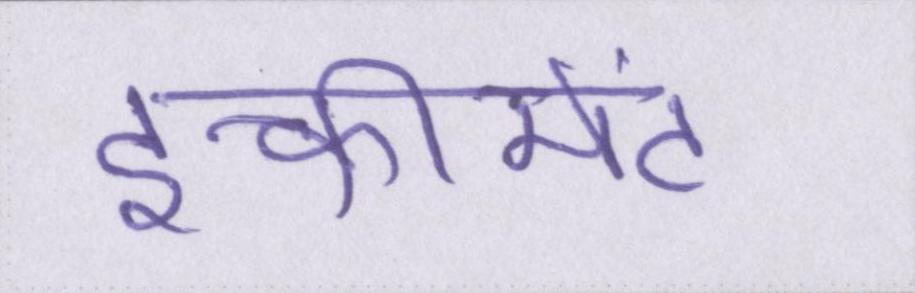
इन्क्रीमेंट